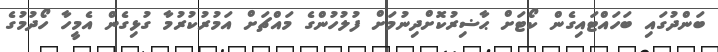
ބަންދުގައި ބަހައްޓައިގެން ކޯޓަށް ޙާޟިރުކޮށްދިނުމަށް ފުލުހުންގެ މައްޗަށް އަމުރުކުރުމާ ގުޅިގެން އެމީހާ ހޯދުމުގެ